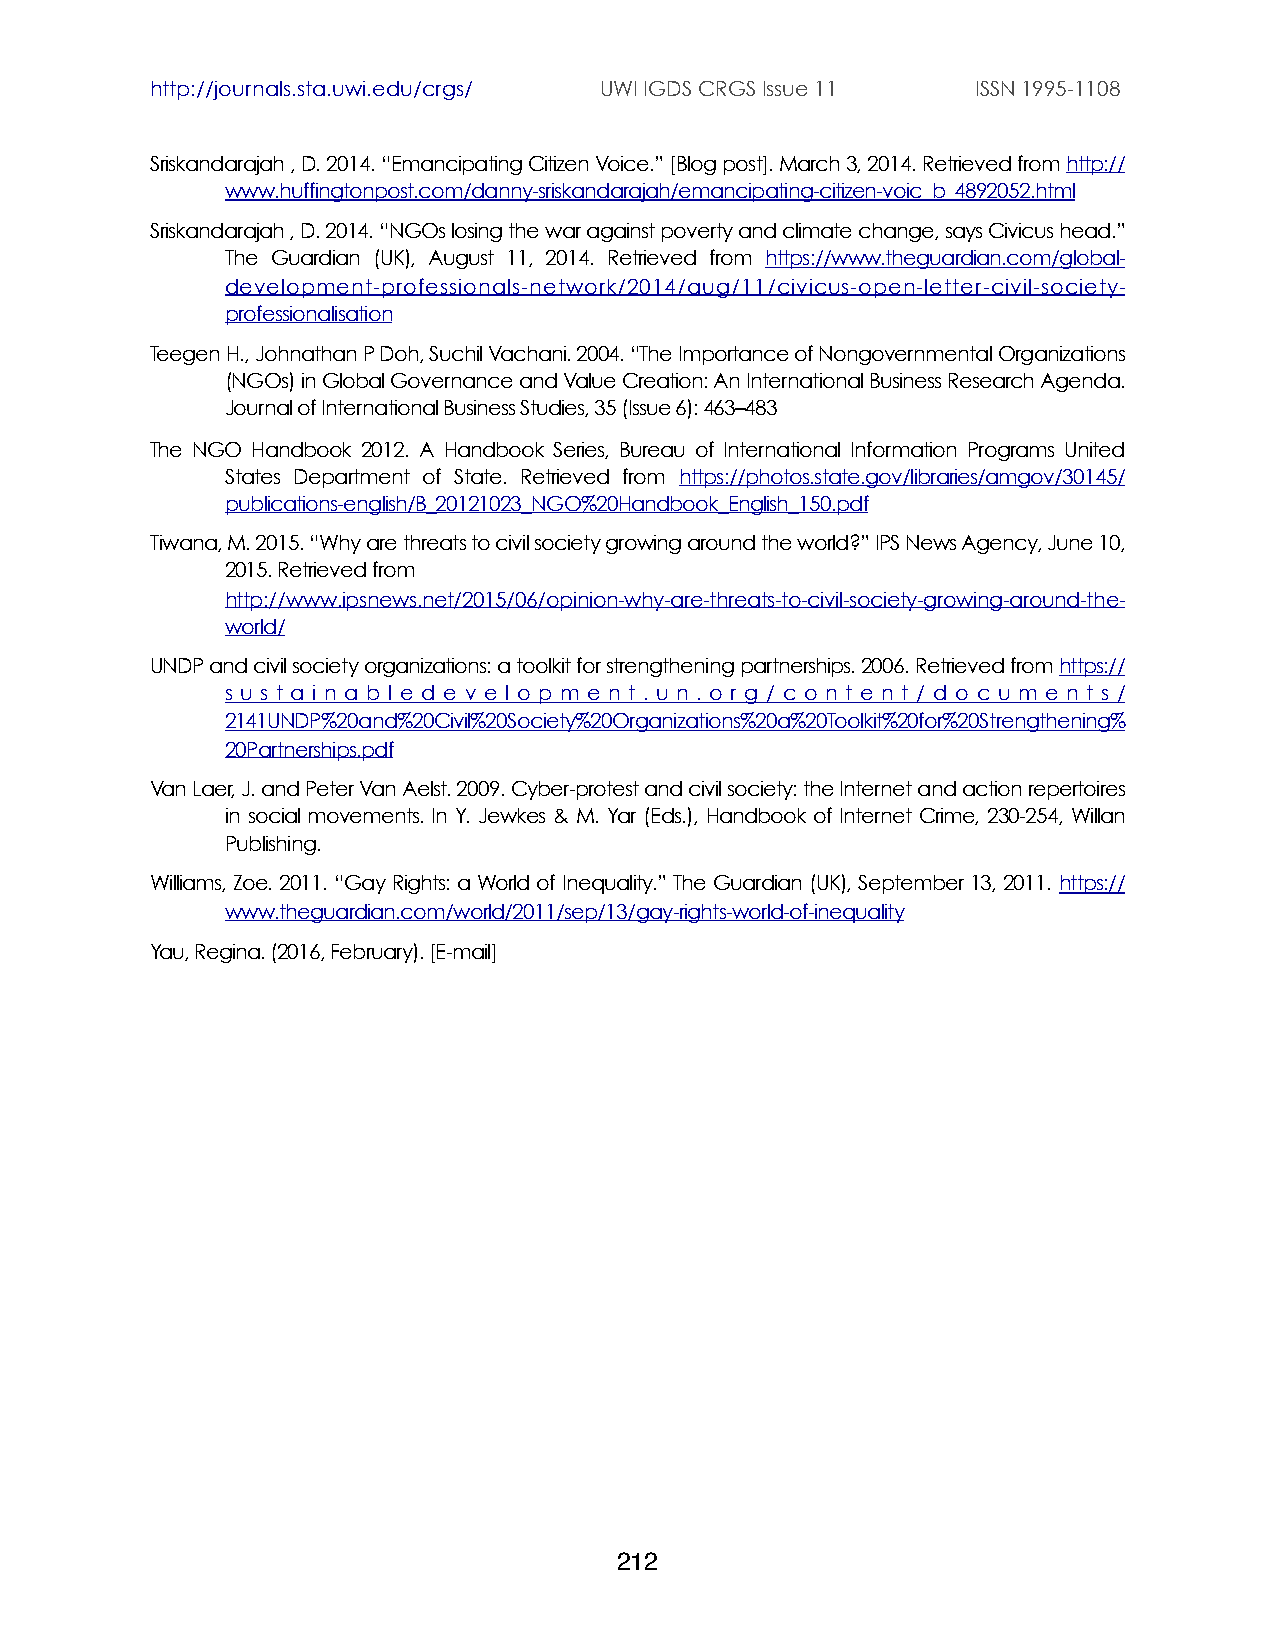
http://journals.sta.uwi.edu/crgs/ UWI IGDS CRGS Issue 11 ISSN 1995-1108
 Sriskandarajah , D. 2014. “Emancipating Citizen Voice.” [Blog post]. March 3, 2014. Retrieved from http://
 www.huffingtonpost.com/danny-sriskandarajah/emancipating-citizen-voic_b_4892052.html
 Sriskandarajah , D. 2014. “NGOs losing the war against poverty and climate change, says Civicus head.”
 The Guardian (UK), August 11, 2014. Retrieved from https://www.theguardian.com/global-
 development-professionals-network/2014/aug/11/civicus-open-letter-civil-society-
 professionalisation
 Teegen H., Johnathan P Doh, Suchil Vachani. 2004. “The Importance of Nongovernmental Organizations
 (NGOs) in Global Governance and Value Creation: An International Business Research Agenda.
 Journal of International Business Studies, 35 (Issue 6): 463–483
 The NGO Handbook 2012. A Handbook Series, Bureau of International Information Programs United
 States Department of State. Retrieved from https://photos.state.gov/libraries/amgov/30145/
 publications-english/B_20121023_NGO%20Handbook_English_150.pdf
 Tiwana, M. 2015. “Why are threats to civil society growing around the world?” IPS News Agency, June 10,
 2015. Retrieved from
 http://www.ipsnews.net/2015/06/opinion-why-are-threats-to-civil-society-growing-around-the-
 world/
 UNDP and civil society organizations: a toolkit for strengthening partnerships. 2006. Retrieved from https://
 s u s t a i n a b l e d e v e l o p m e n t . u n . o r g / c o n t e n t / d o c u m e n t s /
 2141UNDP%20and%20Civil%20Society%20Organizations%20a%20Toolkit%20for%20Strengthening%
 20Partnerships.pdf
 Van Laer, J. and Peter Van Aelst. 2009. Cyber-protest and civil society: the Internet and action repertoires
 in social movements. In Y. Jewkes & M. Yar (Eds.), Handbook of Internet Crime, 230-254, Willan
 Publishing.
 Williams, Zoe. 2011. “Gay Rights: a World of Inequality.” The Guardian (UK), September 13, 2011. https://
 www.theguardian.com/world/2011/sep/13/gay-rights-world-of-inequality
 Yau, Regina. (2016, February). [E-mail]
 212